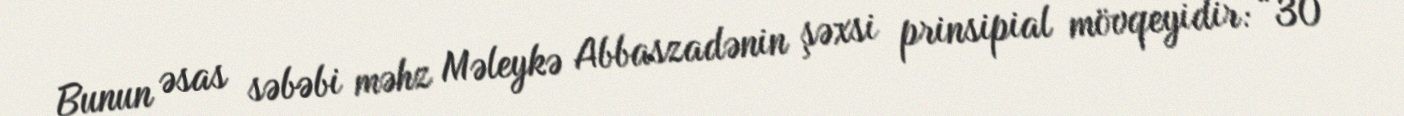
Bunun əsas səbəbi məhz Məleykə Abbaszadənin şəxsi prinsipial mövqeyidir: “30